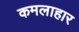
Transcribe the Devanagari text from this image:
कमलाहार